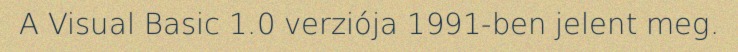
A Visual Basic 1.0 verziója 1991-ben jelent meg.